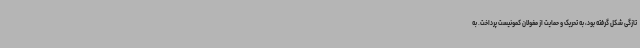
تازگی شکل گرفته بود، به تحریک و حمایت از مغولان کمونیست پرداخت. به